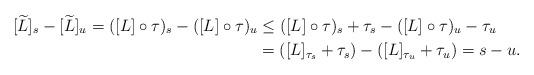
LaTeX: \begin{align*} [\widetilde L]_s - [\widetilde L]_u = ([L]\circ \tau)_s - ([L]\circ \tau)_u&\leq ([L]\circ \tau)_s + \tau_s - ([L]\circ \tau)_u - \tau_u\\ &= ([L]_{\tau_s} + \tau_s) - ([L]_{\tau_u} + \tau_u) = s-u.\end{align*}